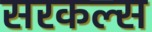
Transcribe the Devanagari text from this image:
सरकल्स